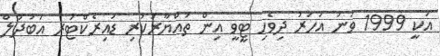
އަކީ 1999 ވަނަ އަހަރު ދިވެހި ޓީވީ އިން ތައްޔާރުކުރި ޑައިރެކްޓަރ އަބުދުލް